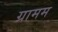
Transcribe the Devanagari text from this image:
ग्रामम